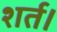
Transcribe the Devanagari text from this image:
शर्त।